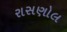
રાસણોલ